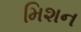
મિશન